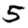
Digit: 5